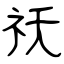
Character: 祅